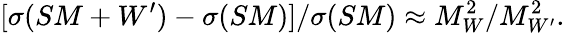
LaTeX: [\sigma(SM+W^{\prime})-\sigma(SM)]/\sigma(SM)\approx M_{W}^{2}/M_{W^{\prime}}^{2}.